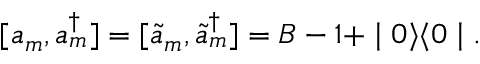
[ a _ { m } , a _ { m } ^ { \dagger } ] = [ \tilde { a } _ { m } , \tilde { a } _ { m } ^ { \dagger } ] = B - 1 + \mid 0 \rangle \langle 0 \mid .